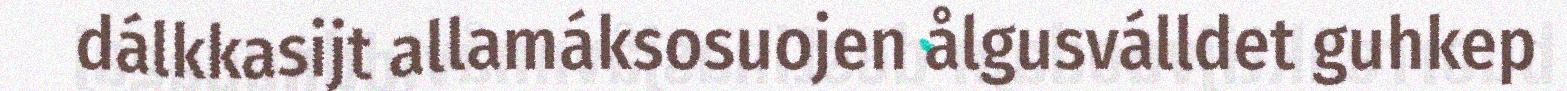
dálkkasijt allamáksosuojen ålgusválldet guhkep